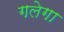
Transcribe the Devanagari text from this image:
गलेगा